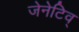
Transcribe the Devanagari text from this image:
जेनेटिव्